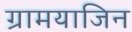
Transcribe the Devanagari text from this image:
ग्रामयाजिन